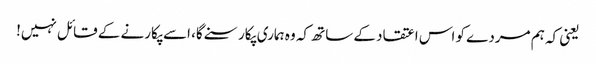
یعنی کہ ہم مردے کو اس اعتقاد کے ساتھ کہ وہ ہماری پکار سنے گا، اسے پکارنے کے قائل نہیں!